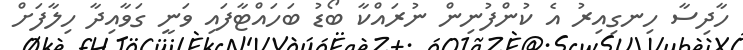
ހާދިސާ ހިނގިއިރު އެ ކުންފުނިން ނުރައްކާ ބޯޑު ބަހައްޓާފައި ވަނީ ގަވާއިދާ ހިލާފަށް